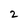
Character: 2